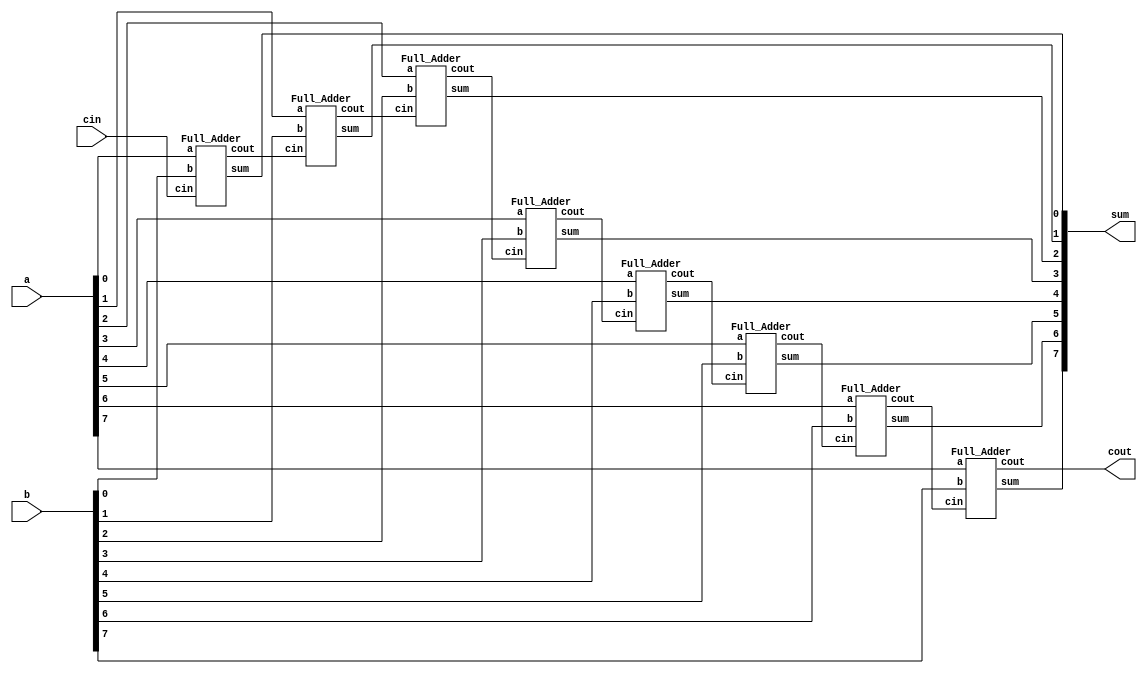
`timescale 1ns/1ps

module Ripple_Carry_Adder(a, b, cin, cout, sum);
input [7:0] a, b;
input cin;
output cout;
output [7:0] sum;
    
wire [6:0] w;

Full_Adder FA_1(a[0],b[0],cin,w[0],sum[0]);
Full_Adder FA_2(a[1],b[1],w[0],w[1],sum[1]);
Full_Adder FA_3(a[2],b[2],w[1],w[2],sum[2]);
Full_Adder FA_4(a[3],b[3],w[2],w[3],sum[3]);
Full_Adder FA_5(a[4],b[4],w[3],w[4],sum[4]);
Full_Adder FA_6(a[5],b[5],w[4],w[5],sum[5]);
Full_Adder FA_7(a[6],b[6],w[5],w[6],sum[6]);
Full_Adder FA_8(a[7],b[7],w[6],cout,sum[7]);
endmodule

module Full_Adder (a, b, cin, cout, sum);
input a, b, cin;
output cout, sum;

wire ncin;
wire ncout;
wire w;

NOT not1(ncin,cin);
Majority majority1(a,b,cin,cout);
Majority majority2(a,b,ncin,w);
NOT not2(ncout,cout);
Majority majority3(ncout,cin,w,sum);

endmodule

module Majority(a, b, c, out);
input a, b, c;
output out;

wire [3:0]w;

AND and1(w[0],a,b);
AND and2(w[1],a,c);
AND and3(w[2],b,c);
OR or1(w[3],w[0],w[1]);
OR or2(out,w[3],w[2]);

endmodule


module AND(out,in1,in2);
input in1, in2;
output out;

wire w;

nand NAND1(w,in1,in2);
nand NAND2(out,w,w);

endmodule

module OR(out,in1, in2);
input in1,in2;
output out;

wire w1,w2;
nand NAND1(w1,in1,in1);
nand NAND2(w2,in2,in2);
nand NAND3(out,w1,w2);

endmodule

module NOT(out,in);
input in;
output out;

nand NAND1(out,in,in);

endmodule

module XOR(out,in1,in2);
input in1,in2;
output out;

wire [2:0] w;

nand NAND1(w[0],in1,in2);
nand NAND2(w[1],in1,w[0]);
nand NAND3(w[2],in2,w[0]);
nand NAND4(out,w[1],w[2]);
endmodule

module XNOR(out,in1,in2);
input in1,in2;
output out;

wire [3:0]w;

nand NAND1(w[0],in1,in2);
nand NAND2(w[1],in1,in1);
nand NAND3(w[2],in2,in2);
nand NAND4(w[3],w[1],w[2]);
nand NAND5(out,w[0],w[3]);
endmodule